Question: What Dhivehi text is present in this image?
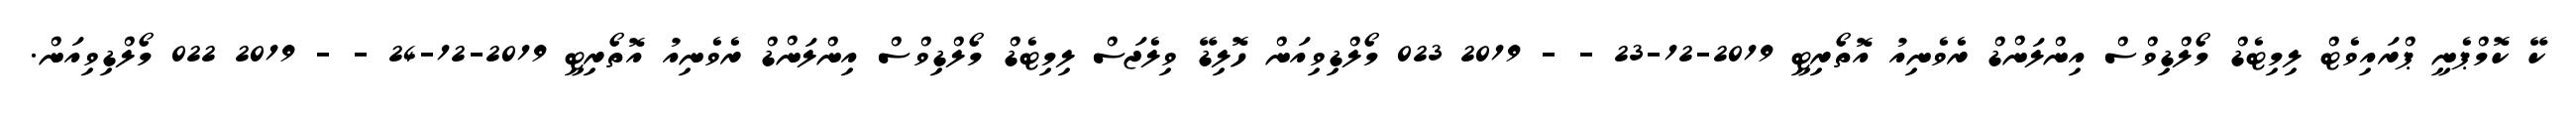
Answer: ކޭ ކޮމްޕެނީ ޕްރައިވެޓް ލިމިޓެޑް މޯލްޑިވްސް އިންލަންޑް ރެވެނިއު އޮތޯރިޓީ 2019-12-23 - - 2019 023 މޯލްޑިވިއަން ހޮލިޑޭ ވިލެޖަސް ލިމިޓެޑް މޯލްޑިވްސް އިންލަންޑް ރެވެނިއު އޮތޯރިޓީ 2019-12-24 - - 2019 022 މޯލްޑިވިއަން.